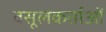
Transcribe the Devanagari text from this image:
वसूलकर्ताओं